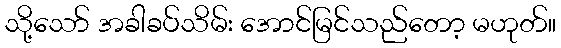
သို့သော် အခါခပ်သိမ်း အောင်မြင်သည်တော့ မဟုတ်။